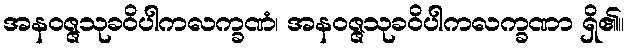
အနဝဇ္ဇသုခဝိပါကလက္ခဏံ၊ အနဝဇ္ဇသုခဝိပါကလက္ခဏာ ရှိ၏။